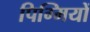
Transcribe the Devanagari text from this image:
पिग्मियों